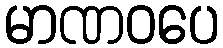
မာဏဝပေ